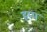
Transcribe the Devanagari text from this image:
हम्प